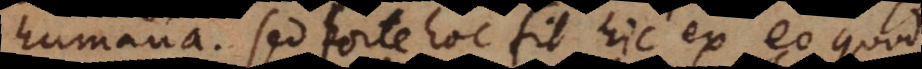
humana. Sed forte hoc fit hic ex eo quod